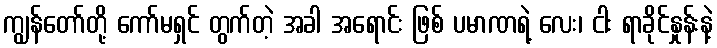
ကျွန်တော်တို့ ကော်မရှင် တွက်တဲ့ အခါ အရောင်း ဖြစ် ပမာဏရဲ့ လေး၊ ငါး ရာခိုင်နှုန်းနဲ့